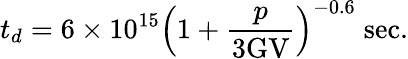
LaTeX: t_{d}=6\times 10^{15}\left(1+\frac{p}{3\mathrm{GV}}\right)^{-0.6}\; \mathrm{sec}.